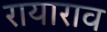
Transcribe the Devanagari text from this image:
रायाराव